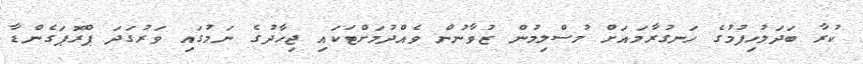
ކުރާ ބަދަލުހިފުމުގެ ހަނގުރާމައަށް މުސްލިމުން ޒުވާނުން ވެއްދުމަށްޓަކައި ޖިހާދުގެ ނަމުގައި ވަރުގަދަ ޕްރޮޕަގެންޑާ